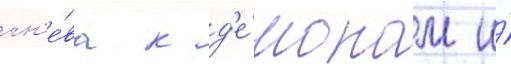
гн'е́ва к д'е́монам и́